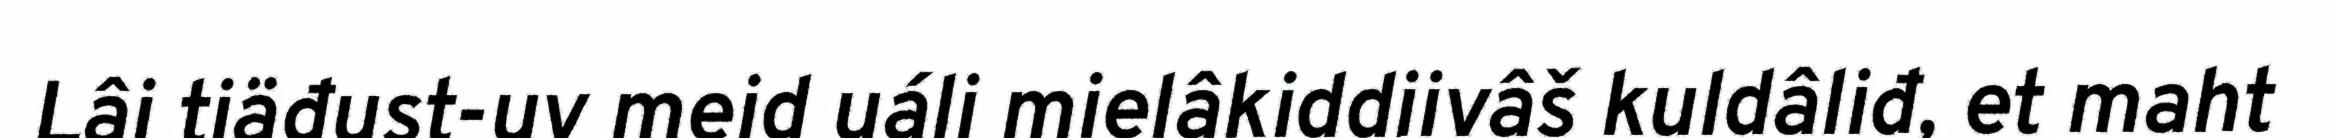
Lâi tiäđust-uv meid uáli mielâkiddiivâš kuldâliđ, et maht